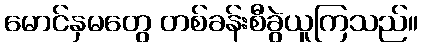
မောင်နှမတွေ တစ်ခန်းစီခွဲယူကြသည်။